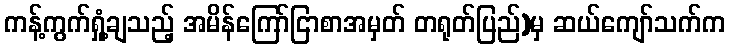
ကန့်ကွက်ရှုံ့ချသည့် အမိန်ကြော်ငြာစာအမှတ် တရုတ်ပြည်)မှ ဆယ်ကျော်သက်က